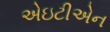
એઇટીએન